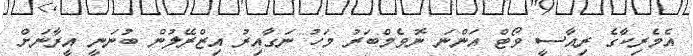
އެމެރިކާގެ ރިއާސީ ވޯޓް އަންނަ ނޮވެމްބަރު މަހު ނަގާއިރު އިޒްރޭލުން ބުނަނީ އީރާނަށް